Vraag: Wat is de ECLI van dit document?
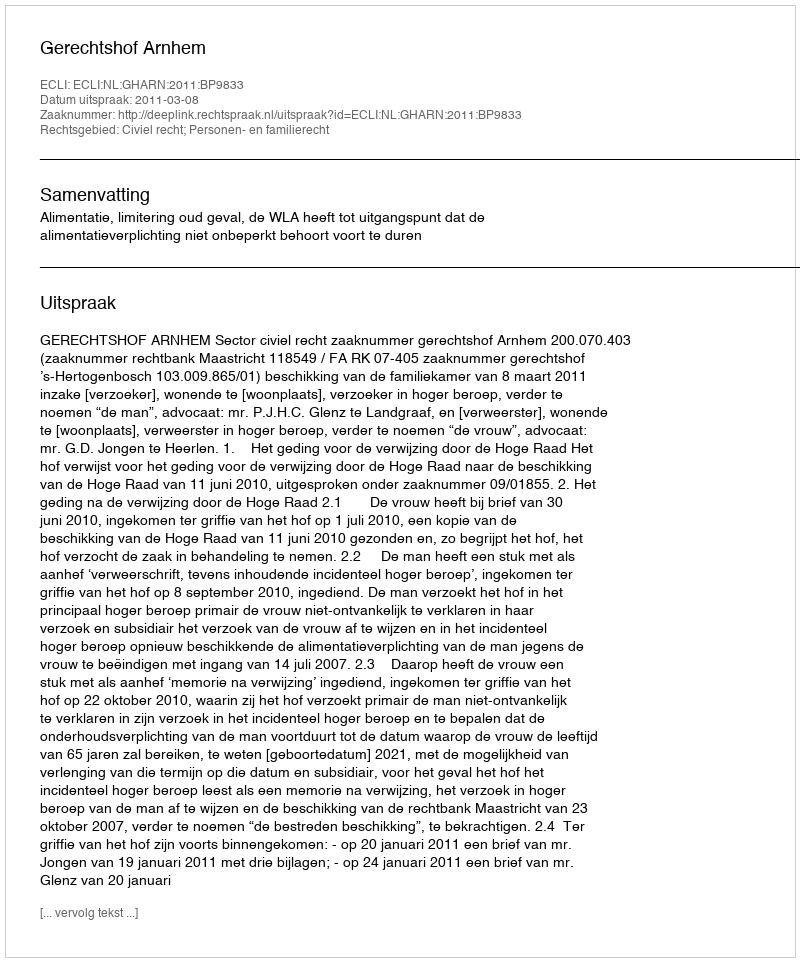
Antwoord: ECLI:NL:GHARN:2011:BP9833